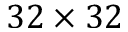
3 2 \times 3 2